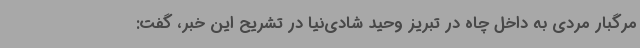
مرگبار مردی به داخل چاه در تبریز وحید شادی‌نیا در تشریح این خبر، گفت: